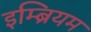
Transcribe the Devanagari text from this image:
इम्ब्रियम